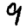
Digit: 9